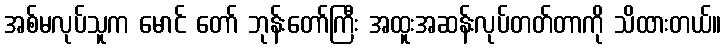
အစ်မလုပ်သူက မောင် တော် ဘုန်းတော်ကြီး အထူးအဆန်းလုပ်တတ်တာကို သိထားတယ်။